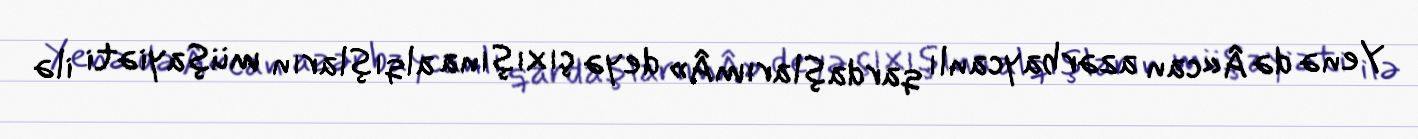
Yenə də Â«can azərbaycanlı qardaşlarımÂ» deyə çıxışına alqışların müşayiəti ilə